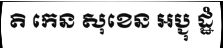
តិ កេន សុខេន អប្ជុ ដ្ឋំ